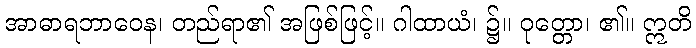
အာဓာရဘာဝေန၊ တည်ရာ၏ အဖြစ်ဖြင့်။ ဂါထာယံ၊ ၌။ ဝုတ္တော၊ ၏။ ဣတိ